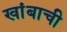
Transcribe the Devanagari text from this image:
खांबाची